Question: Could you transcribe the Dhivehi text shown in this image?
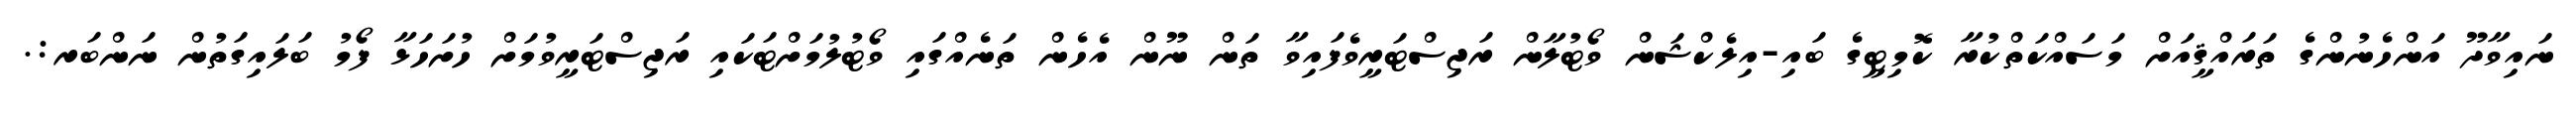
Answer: ނައިވާދޫ އަންހެނުންގެ ތަރައްޤީއަށް މަސައްކަތްކުރާ ކޮމިޓީގެ ބައި-އިލެކްޝަން ވޯޓުލާން ރަޖިސްޓަރީވެފައިވާ ތަން ނޫން އެހެން ތަނެއްގައި ވޯޓުލުމަށްޓަކައި ރަޖިސްޓަރީވުމަށް ހުށަހަޅާ ފޯމު ބަލައިގަތުން ނަންބަރ:.